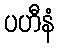
ပဟီနံ